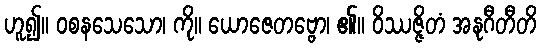
ဟူ၍။ ဝစနသေသော၊ ကို။ ယောဇေတဗ္ဗော၊ ၏။ ဝိဿဇ္ဇိတံ အနုဂီတီတိ